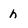
Character: h